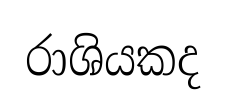
රාශියකද